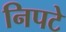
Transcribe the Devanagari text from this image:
निपटे